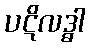
ပဋိလဒ္ဓါ